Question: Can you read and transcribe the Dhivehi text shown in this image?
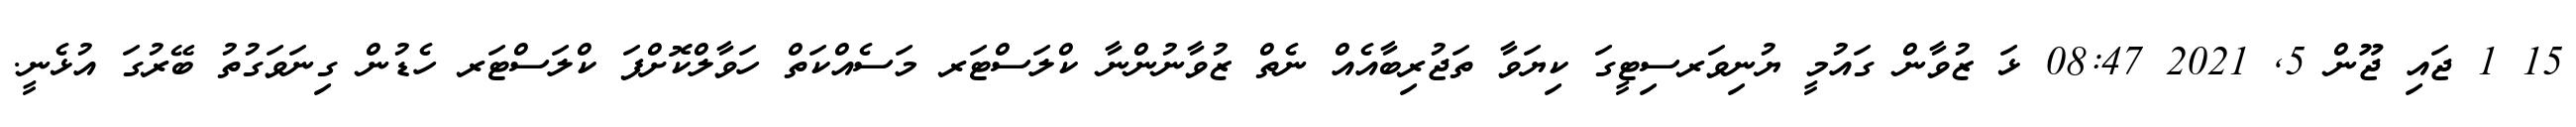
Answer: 15 1 ޖައި ޖޫން 5, 2021 08:47 ޅަ ޒުވާން ގައުމީ ޔުނިވަރސިޓީގަ ކިޔަވާ ތަޖުރިބާއެއް ނެތް ޒުވާނުންނާ ކްލަސްޓަރ މަސެއްކަތް ހަވާލްކޮށްފަ ކްލަސްޓަރ ހެޑުން ގިނަވަގުތު ބޭރުގަ އުޅެނީ.